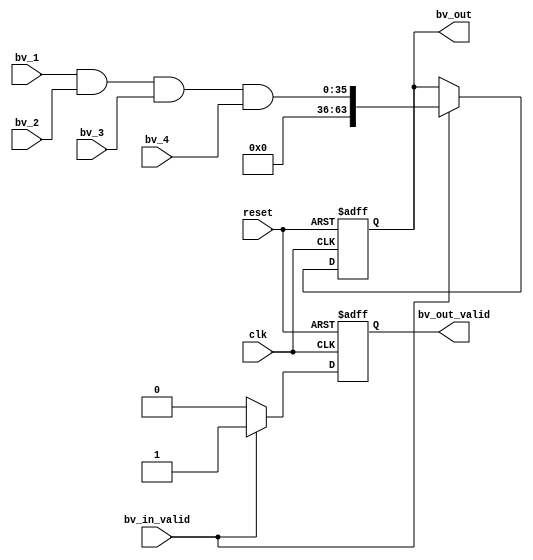
// This program was cloned from: https://github.com/FAST-Switch/fast
// License: Apache License 2.0


`timescale 1ns/1ps

module bv_and_4(
clk,
reset,

bv_in_valid,
bv_1,
bv_2,
bv_3,
bv_4,
bv_out_valid,
bv_out

);

input clk;
input reset;
input bv_in_valid;
input [35:0]  bv_1;
input [35:0]  bv_2;
input [35:0]  bv_3;
input [35:0]  bv_4;
output  reg         bv_out_valid;
output  reg [63:0]  bv_out;

always @(posedge clk or negedge reset)
begin
    if(!reset)
      begin
          bv_out <= 64'b0;
          bv_out_valid <= 1'b0;
      end
    else
      begin
          if(bv_in_valid == 1'b1)
            begin
                bv_out <= {28'b0,bv_1 & bv_2 & bv_3 &bv_4};
                bv_out_valid <= 1'b1;
            end
          else  bv_out_valid <= 1'b0;
      end
end













endmodule